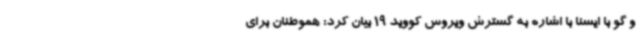
و گو با ایسنا با اشاره به گسترش ویروس کووید 19 بیان کرد: هموطنان برای